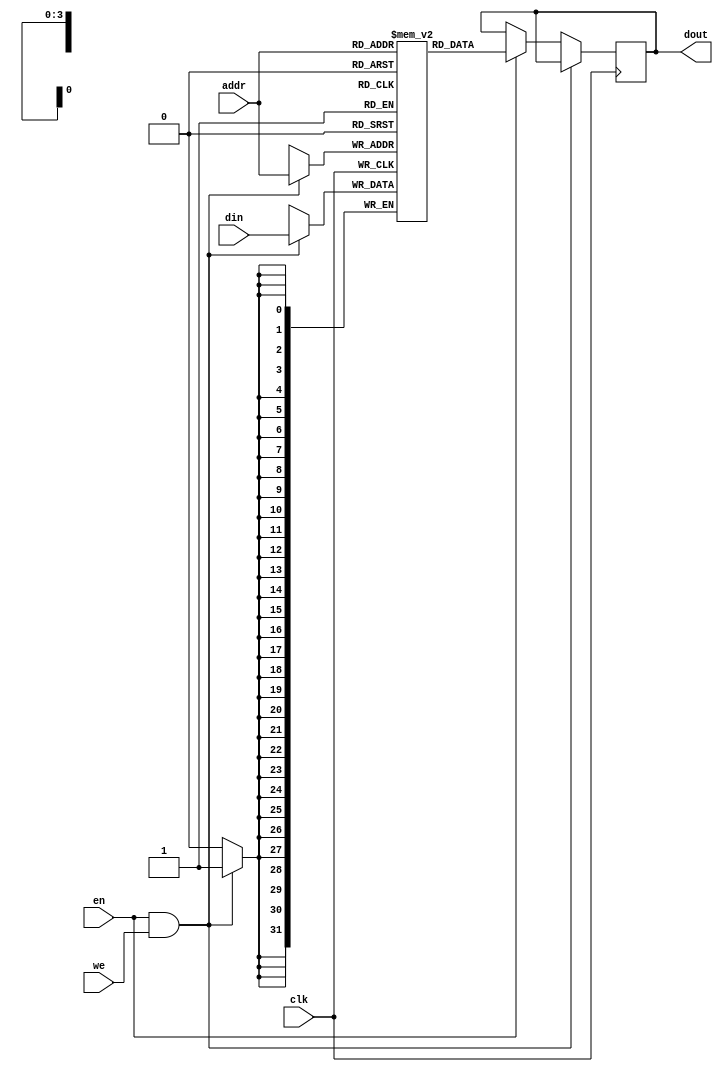
module spram(
    clk,	// Clock input
    en,     // RAM enable (select)
    addr,   // Address input(word addressing)
    din,    // Data input
    we,     // Write enable
    dout    // Data output
);

	parameter W_DATA = 32;
	//RAM cell size(# of words)
	parameter N_WORD = 16;
	parameter W_WORD = 4;	
	parameter EN_LOAD_INIT_FILE = 1'b0;
	parameter INIT_FILE = "img/kodim03_32bit.hex";
	
    input                 clk;   // Clock input
    input                 en;    // RAM enable (select)
    input  [W_WORD-1:0]   addr;  // Address input(word addressing) prior to read data by one clock cycle
    input  [W_DATA-1:0]   din;   // Data input
    input                 we;    // Write enable
    output [W_DATA-1:0]   dout;  // Data output

	reg [W_DATA-1:0] q_mem[N_WORD-1:0] /* synthesis syn_ramstyle="block_ram" */;
	reg [W_DATA-1:0] dout = 32'h0000_0000;

	always @(posedge clk)
	begin
		if(en & we)
			q_mem[addr] <= din;
		else if(en)
			dout <=  q_mem[addr];
	end
	
	// synopsys translate_off
	initial
	begin
		if(EN_LOAD_INIT_FILE)
		begin
			$display("### Loading internal memory from %s ###", INIT_FILE);
			$readmemh(INIT_FILE, q_mem);
		end
	end		
	// synopsys translate_on	
endmodule